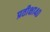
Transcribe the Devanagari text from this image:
प्रतीक्षा४०